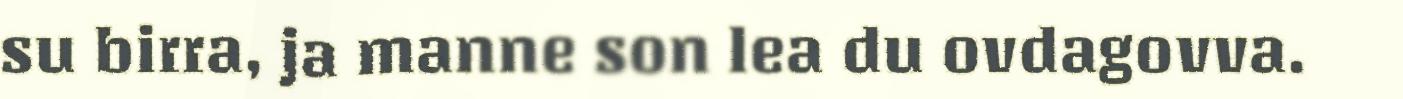
su birra, ja manne son lea du ovdagovva.